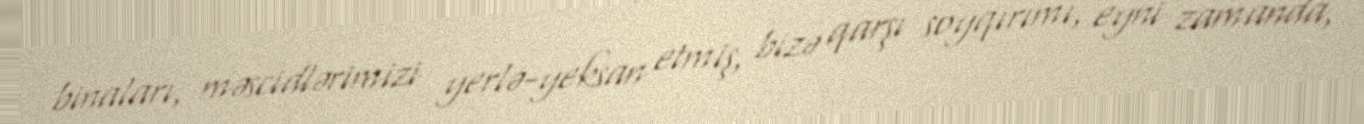
binaları, məscidlərimizi yerlə-yeksan etmiş, bizə qarşı soyqırımı, eyni zamanda,